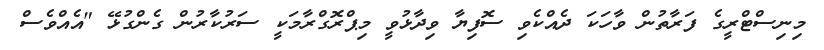
މިނިސްޓްރީގެ ފަރާތުން ވާހަކަ ދެއްކެވި ސޮފިޔާ ވިދާޅުވީ މިޕްރޮގްރާމަކީ ސަރުކާރުން ގެންގުޅޭ "އެއްވެސް